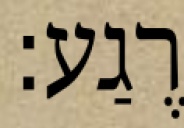
רֶגַע: